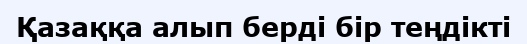
Қазаққа алып берді бір теңдікті